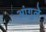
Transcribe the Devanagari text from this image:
आंगुले